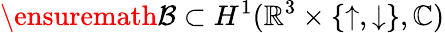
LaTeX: \ensuremath{{\cal B}}\subset H^{1}(\mathbb{R}^{3}\times\{ \uparrow,\downarrow\} ,\mathbb{C})